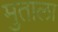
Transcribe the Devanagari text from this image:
मुताला